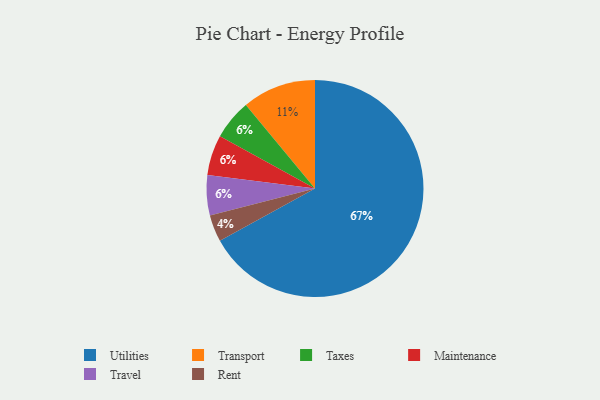
{"axis": {"x": "Category", "y": "Percentage"}, "legend": ["Maintenance", "Rent", "Taxes", "Transport", "Travel", "Utilities"], "data": [{"x": "Taxes", "y": 6, "type": "Taxes"}, {"x": "Rent", "y": 4, "type": "Rent"}, {"x": "Utilities", "y": 67, "type": "Utilities"}, {"x": "Maintenance", "y": 6, "type": "Maintenance"}, {"x": "Travel", "y": 6, "type": "Travel"}, {"x": "Transport", "y": 11, "type": "Transport"}]}